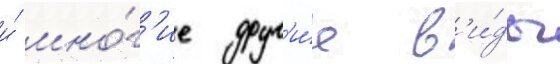
и́ мно́г'ие друг'и́е в'и́ды